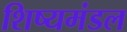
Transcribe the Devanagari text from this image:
शिष्यमंडल